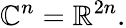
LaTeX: \mathbb{C}^{n}=\mathbb{R}^{2n}.